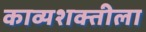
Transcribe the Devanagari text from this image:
काव्यशक्तीला